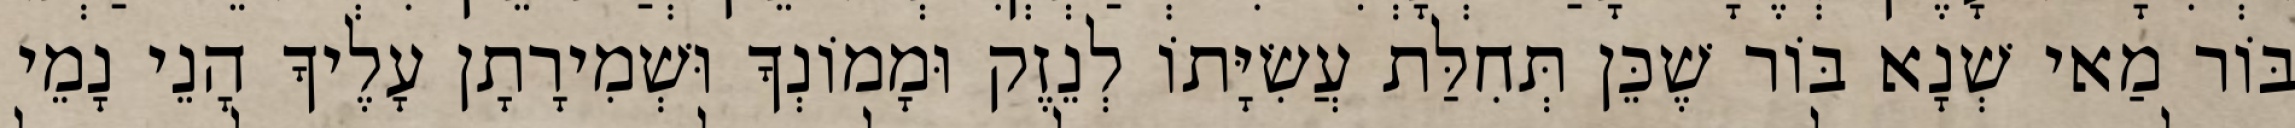
בּוֹר מַאי שְׁנָא בּוֹר שֶׁכֵּן תְּחִלַּת עֲשִׂיָּתוֹ לְנֵזֶק וּמָמוֹנְךָ וּשְׁמִירָתָן עָלֶיךָ הָנֵי נָמֵי